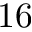
1 6